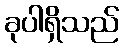
ခုပါရှိသည်